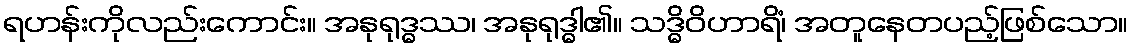
ရဟန်းကိုလည်းကောင်း။ အနုရုဒ္ဓဿ၊ အနုရုဒ္ဓါ၏။ သဒ္ဓိဝိဟာရိံ၊ အတူနေတပည့်ဖြစ်သော။